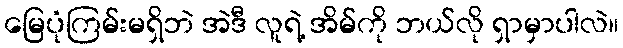
မြေပုံကြမ်းမရှိဘဲ အဲဒီ လူရဲ့ အိမ်ကို ဘယ်လို ရှာမှာပါလဲ။